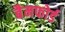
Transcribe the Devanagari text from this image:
बैमफोर्ड